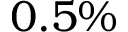
0 . 5 \%